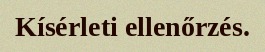
Kísérleti ellenőrzés.